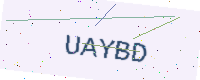
Text: UAYBD